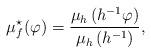
LaTeX: \begin{align*} \mu_f^\star(\varphi)=\frac{\mu_h\left(h^{-1}\varphi \right)}{\mu_h\left( h^{-1}\right)}, \end{align*}